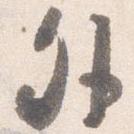
外